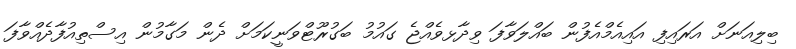
ބިލިއަނަށް އަރައިފި އައިއެމްއެފުން ބައްލަވާފަ ވިދާޅވެއްޖެ ގައުމު ބަގުރޫޓްވަނީކަމަށް ދެން މަގާމުން އިސްތިއުފާދެއްވާފަ